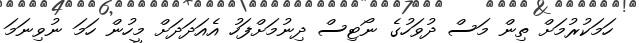
ހަމަކުރުމަށް ތިން މަސް ދުވަހުގެ ނޯޓިސް ދިނުމަށްފަހު އެއަދަދަށް މީހުން ހަމަ ނުވިނަމަ